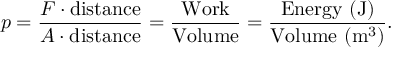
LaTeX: p = { \frac { F \cdot { \mathrm { d i s t a n c e } } } { A \cdot { \mathrm { d i s t a n c e } } } } = { \frac { \mathrm { W o r k } } { \mathrm { V o l u m e } } } = { \frac { \mathrm { E n e r g y ~ ( J ) } } { { \mathrm { V o l u m e ~ } } ( { \mathrm { m } } ^ { 3 } ) } } .